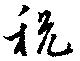
税